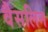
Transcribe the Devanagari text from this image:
वैसलिन